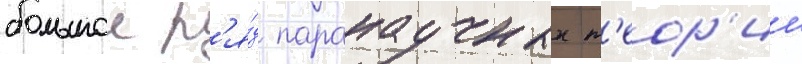
большои р'я́д паранаучных т'еор'ии